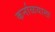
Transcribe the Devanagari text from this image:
कर्नाळयाला